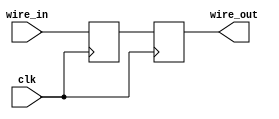
module IO_Buffer(
    input clk,
    input wire_in,
    output reg wire_out
);

reg buffer;

always @(posedge clk) begin
    buffer <= wire_in;
    wire_out <= buffer;
end

endmodule